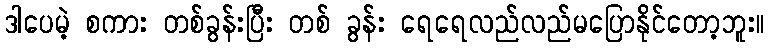
ဒါပေမဲ့ စကား တစ်ခွန်းပြီး တစ် ခွန်း ရေရေလည်လည်မပြောနိုင်တော့ဘူး။